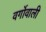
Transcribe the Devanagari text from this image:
वर्गोवाली